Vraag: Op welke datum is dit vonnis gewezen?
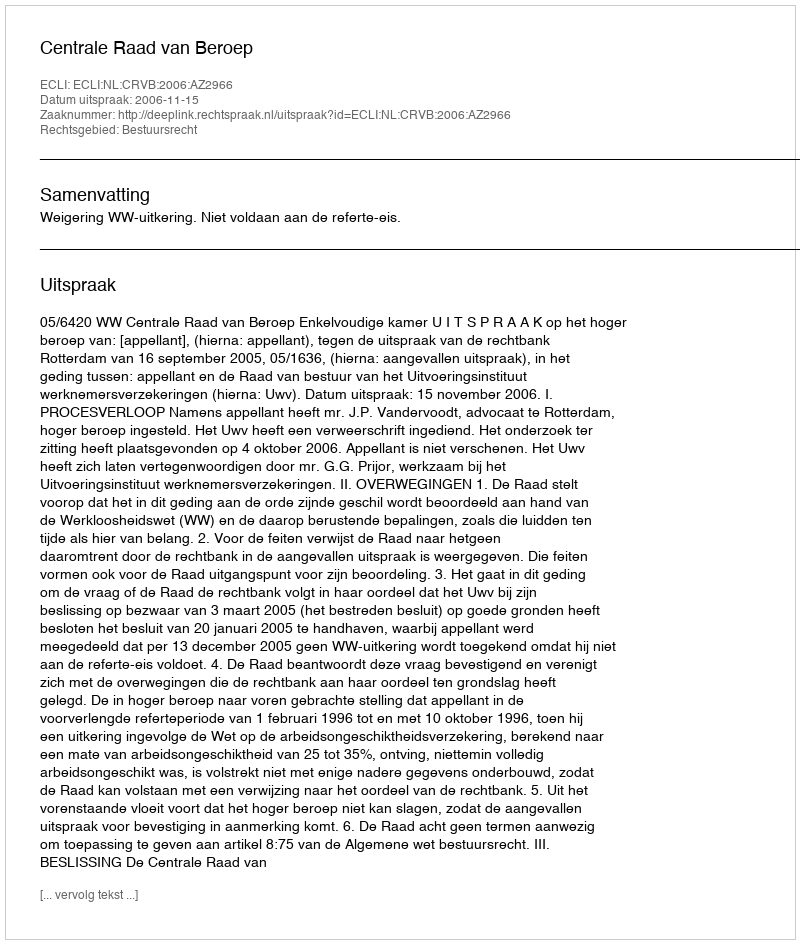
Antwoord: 2006-11-15